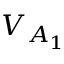
V _ { A _ { 1 } }